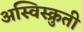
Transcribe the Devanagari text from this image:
अस्विस्क्रुती